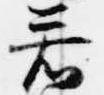
若